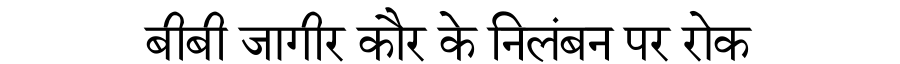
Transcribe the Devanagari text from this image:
बीबी जागीर कौर के निलंबन पर रोक